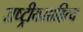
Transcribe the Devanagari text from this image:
राष्ट्रीयसाहित्य